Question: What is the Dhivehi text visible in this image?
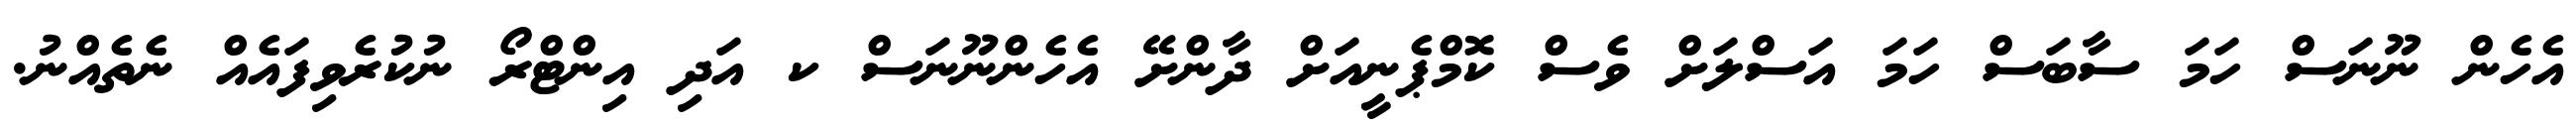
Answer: އެހެން ނޫނަސް ހަމަ ސާބަސް ހަމަ އަސްލަށް ވެސް ކޮމްޕެނީއަށް ދާންށޭ އެހެންނޫނަސް ކ އަދި އިންޓްރޯ ނުކުރެވިފައެއް ނެތެއްނު.